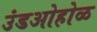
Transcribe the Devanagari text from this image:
उंडओहोळ